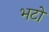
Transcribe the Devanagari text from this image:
भटो